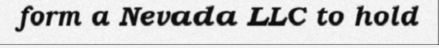
form a Nevada LLC to hold